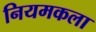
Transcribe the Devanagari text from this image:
नियमकला